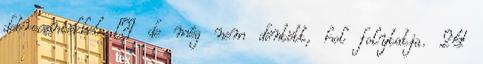
debreceniekkel – de még nem döntött, hol folytatja. 24